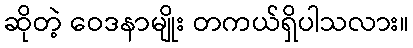
ဆိုတဲ့ ဝေဒနာမျိုး တကယ်ရှိပါသလား။